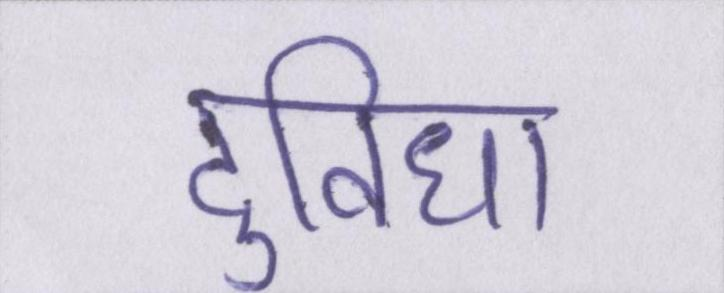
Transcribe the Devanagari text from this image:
दुविधा